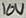
Text: 10V